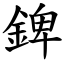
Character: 錍